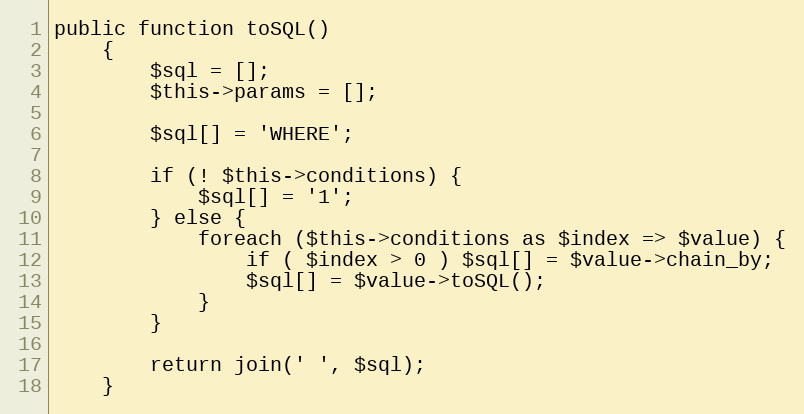
Language: PHP
public function toSQL()
    {
        $sql = [];
        $this->params = [];

        $sql[] = 'WHERE';

        if (! $this->conditions) {
            $sql[] = '1';
        } else {
            foreach ($this->conditions as $index => $value) {
                if ( $index > 0 ) $sql[] = $value->chain_by;
                $sql[] = $value->toSQL();
            }
        }

        return join(' ', $sql);
    }